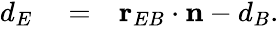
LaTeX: \begin{array}{rlr}{d_{E}}&{{}=}&{\mathbf{r}_{EB}\cdot\mathbf{n}-d_{B}.}\end{array}